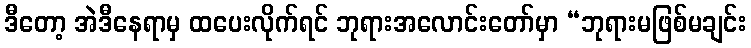
ဒီတော့ အဲဒီနေရာမှ ထပေးလိုက်ရင် ဘုရားအလောင်းတော်မှာ “ဘုရားမဖြစ်မချင်း